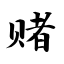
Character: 赌